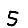
Digit: 5